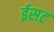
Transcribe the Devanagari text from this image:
ईसट